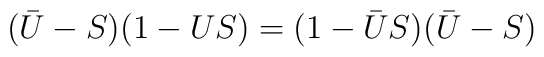
(\bar{U}-S)(1-US)=(1-\bar{U}S)(\bar{U}-S)